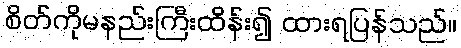
စိတ်ကိုမနည်းကြီးထိန်း၍ ထားရပြန်သည်။